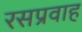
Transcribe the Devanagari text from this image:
रसप्रवाह